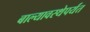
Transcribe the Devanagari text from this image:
बाल्यावस्थेपर्यंत